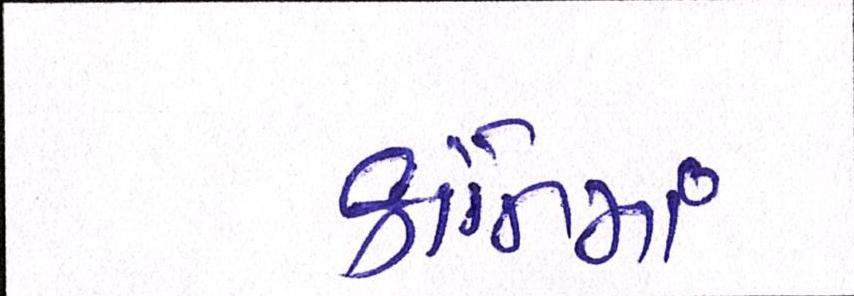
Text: ક્રાંતિમાં